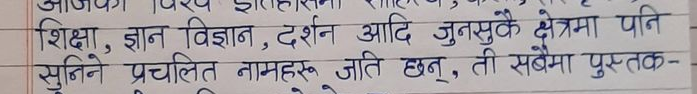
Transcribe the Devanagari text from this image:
शिक्षा, ज्ञान विज्ञान, दर्शन आदि जुनसुकै क्षेत्रमा पनि
सुनिने प्रचलित नामहरू जति छन्, ती सबैमा पुस्तक-